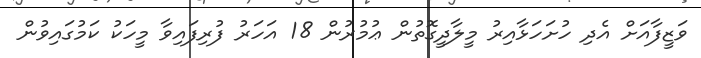
ވަޒީފާއަށް އެދި ހުށަހަޅާއިރު މީލާދީގޮތުން ޢުމުރުން 18 އަހަރު ފުރިފައިވާ މީހަކު ކަމުގައިވުން